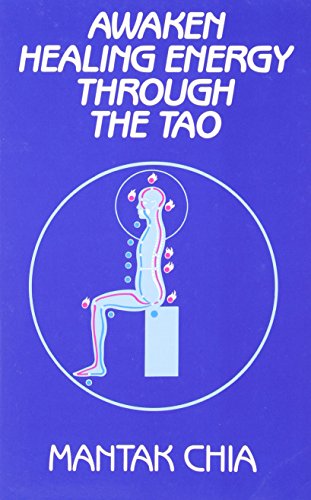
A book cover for Awaken Healing Energy Through The Tao: The Taoist Secret of Circulating Internal Power; Mantak Chia; Health, Fitness & Dieting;